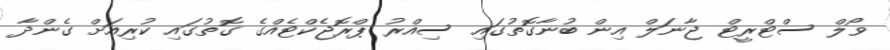
ވޯލް ސްޓްރީޓް ޖާނަލް އިން ބުނާގޮތުގައި ސިއްރު ޕްރޮޖެކްޓެއްގެ ގޮތުގައި ކުރިއަށް ގެންދާ